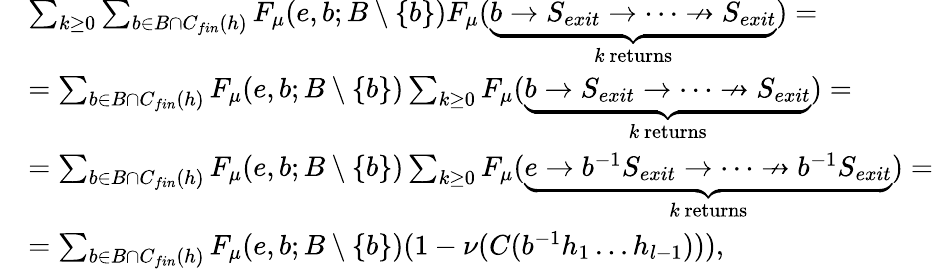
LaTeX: \begin{array}{rl}&{\sum_{k\ge 0}\sum_{b\in B\cap C_{fin}(h)}F_{\mu}(e,b;B\setminus\{ b\} )F_{\mu}(\underbrace{b\rightarrow S_{exit}\rightarrow\dots\nrightarrow S_{exit}}_{k\mathrm{~returns}})=}\\ &{=\sum_{b\in B\cap C_{fin}(h)}F_{\mu}(e,b;B\setminus\{ b\} )\sum_{k\ge 0}F_{\mu}(\underbrace{b\rightarrow S_{exit}\rightarrow\dots\nrightarrow S_{exit}}_{k\mathrm{~returns}})=}\\ &{=\sum_{b\in B\cap C_{fin}(h)}F_{\mu}(e,b;B\setminus\{ b\} )\sum_{k\ge 0}F_{\mu}(\underbrace{e\rightarrow b^{-1}S_{exit}\rightarrow\dots\nrightarrow b^{-1}S_{exit}}_{k\mathrm{~returns}})=}\\ &{=\sum_{b\in B\cap C_{fin}(h)}F_{\mu}(e,b;B\setminus\{ b\} )(1-\nu(C(b^{-1}h_{1}\dots h_{l-1}))),}\end{array}